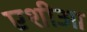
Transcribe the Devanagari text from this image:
एशीआ